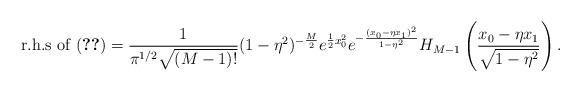
LaTeX: \begin{align*}\mbox{r.h.s of (\ref{xrepnbs2})}={1\over{\pi^{1/2}\sqrt{(M-1)!}}}(1-\eta^2)^{-{M\over2}}e^{{1\over2}x_0^2}e^{-{(x_0-\eta x_1)^2\over{1-\eta^2}}}H_{M-1}\left({x_0-\eta x_1\over\sqrt{1-\eta^2}}\right).\end{align*}